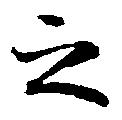
之